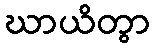
ဃာယိတွာ